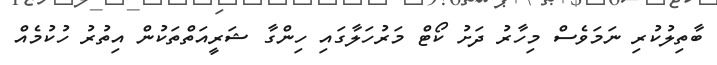
ބާތިލުކުރި ނަމަވެސް މިހާރު ދަށު ކޯޓް މަރުހަލާގައި ހިންގާ ޝަރީއަތްތަކުން އިތުރު ހުކުމެއް